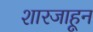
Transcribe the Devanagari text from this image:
शारजाहून